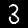
Digit: 3